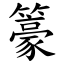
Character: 籇